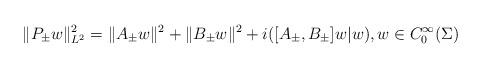
LaTeX: \begin{align*}\|P_\pm w\|^2_{L^2} = \|A_\pm w\|^2 + \|B_\pm w\|^2 + i([A_\pm,B_\pm]w|w),w\in C^{\infty}_0(\Sigma)\end{align*}